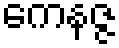
ကေနဇ္ဇ